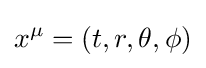
x^{\mu }=(t,r,\theta ,\phi )